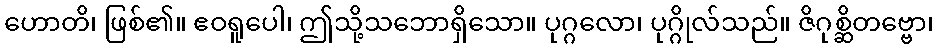
ဟောတိ၊ ဖြစ်၏။ ဧဝရူပေါ၊ ဤသို့သဘောရှိသော။ ပုဂ္ဂလော၊ ပုဂ္ဂိုလ်သည်။ ဇိဂုစ္ဆိတဗ္ဗော၊